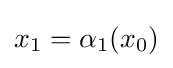
x_{1}=\alpha _{1}(x_{0})